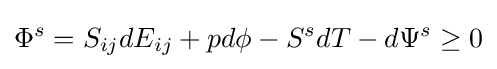
{\Phi ^{s}}={S_{ij}}d{E_{ij}}+pd\phi -{S^{s}}dT-d{\Psi ^{s}}\geq 0